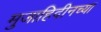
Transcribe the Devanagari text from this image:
मुजाहिदीनच्या